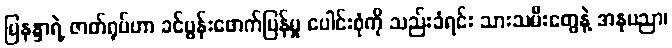
မြနန္ဒာရဲ့ ဇာတ်ရုပ်ဟာ ခင်ပွန်းဖောက်ပြန်မှု ပေါင်းစုံကို သည်းခံရင်း သားသမီးတွေနဲ့ အနုပညာ၊